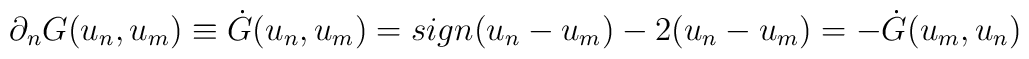
\partial _n G(u_n ,u_m ) \equiv \dot G(u_n ,u_m ) = sign(u_n  - u_m ) - 2(u_n  - u_m ) =  - \dot G(u_m ,u_n )